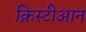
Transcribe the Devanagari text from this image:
क्रिस्टीआन